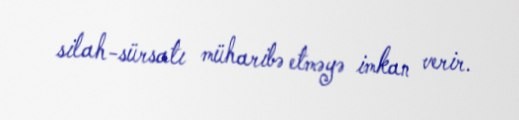
silah-sürsatı müharibə etməyə imkan verir.